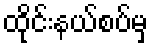
ထိုင်းနယ်စပ်မှ